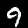
Digit: 9